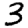
Digit: 3